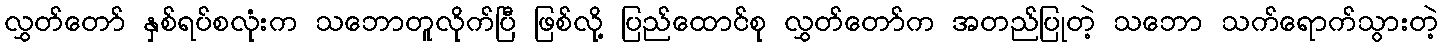
လွှတ်တော် နှစ်ရပ်စလုံးက သဘောတူလိုက်ပြီ ဖြစ်လို့ ပြည်ထောင်စု လွှတ်တော်က အတည်ပြုတဲ့ သဘော သက်ရောက်သွားတဲ့